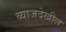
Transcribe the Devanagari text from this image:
व्याजदेखील